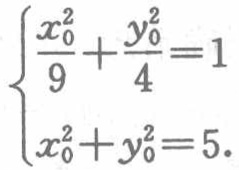
$\begin{cases}
\frac{x_{0}^{2}}{9}+\frac{y_{0}^{2}}{4}=1 \\
x_{0}^{2}+y_{0}^{2}=5
\end{cases}$